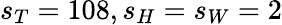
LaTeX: s_{T}=108,s_{H}=s_{W}=2